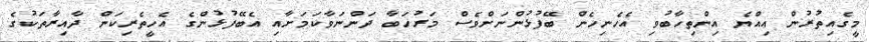
މީގެއިތުރުން އިއްޔެ އިންތިހާބުވި އެހެނިހެން ބޭފުޅުންނަށްވެސް މަރުހަބާ ދަންނަވާކަމަށާއި އެބޭފުޅުންގެ އެހީތެރިކަން ދާއިރާތަކުގެ